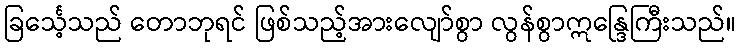
ခြင်္သေ့သည် တောဘုရင် ဖြစ်သည့်အားလျော်စွာ လွန်စွာဣန္ဒြေကြီးသည်။